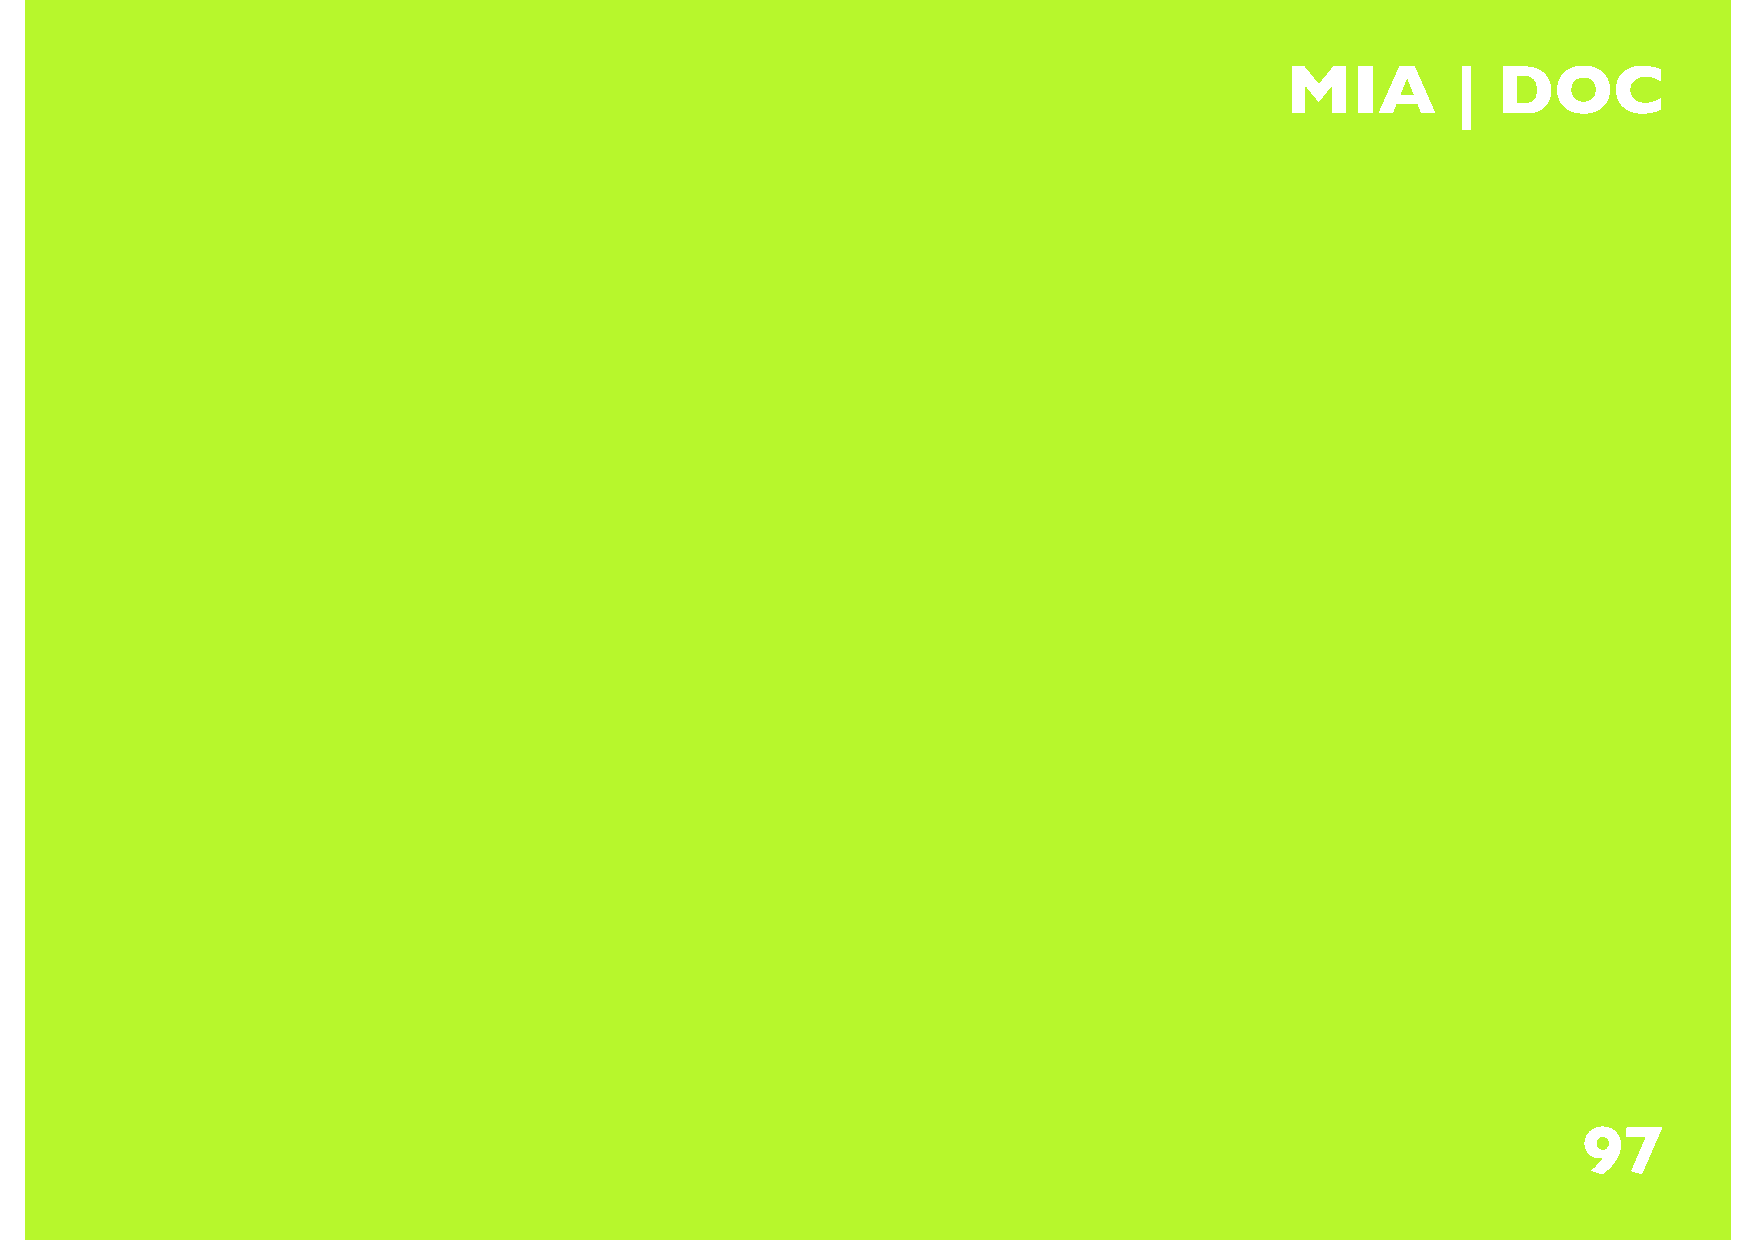
96                              MIA        |  DOC
 97
 97